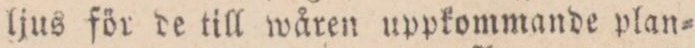
ljus för de till wåren uppkommande plan=